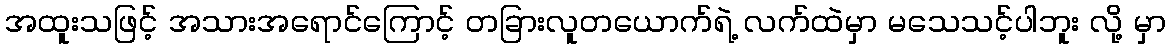
အထူးသဖြင့် အသားအရောင်ကြောင့် တခြားလူတယောက်ရဲ့ လက်ထဲမှာ မသေသင့်ပါဘူး လို့ မှာ